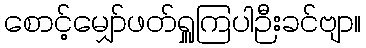
စောင့်မျှော်ဖတ်ရှူကြပါဉီးခင်ဗျာ။